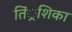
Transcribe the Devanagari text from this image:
तिं्रशिका